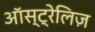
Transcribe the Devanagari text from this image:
ऑस्ट्रेलिज़